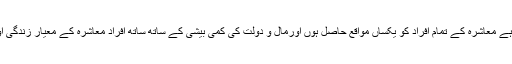
اسلام جس مساوات کو چاہتا ہے، وہ یہ ہے معاشرہ کے تمام افراد کو یکساں مواقع حاصل ہوں اورمال و دولت کی کمی بیشی کے ساتھ ساتھ افراد معاشرہ کے معیارِ زندگی اور مظاہرِ معیشت میں زیادہ فرق نہ ہو۔